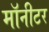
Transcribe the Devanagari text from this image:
माॅनीटर